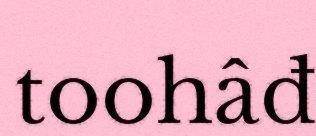
toohâđ